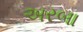
અરબા